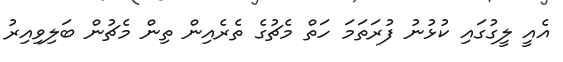
އެއީ ލީގުގައި ކުޅުނު ފުރަތަމަ ހަތް މެޗުގެ ތެރެއިން ތިން މެޗުން ބަލިވިއިރު